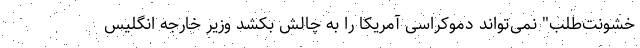
خشونت‌طلب" نمی‌تواند دموکراسی آمریکا را به چالش بکشد وزیر خارجه انگلیس